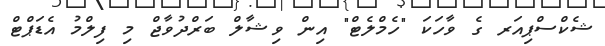
ޝެކްސްޕިއަރ ގެ ވާހަކަ "ހެމްލެޓް" އިން ވިޝާލް ބަރްދުވާޖް މި ފިލްމު އެޑަޕްޓް